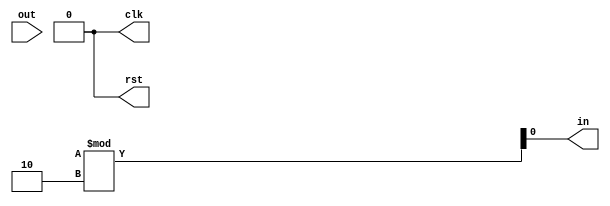
/* 
Group 50
Assignment 1
Behavioral encoding of FSM in Verilog
*/


// testbench
module testBench(clk,rst,in,out);
output reg clk, in, rst;
input out;
reg[15:0] sequence;
integer i;
fsm f(clk,rst,in,out);
initial
begin

clk = 0;
rst = 1;
sequence = 16'b0101_0111_0111_0010;
#5 rst = 0;

for( i = 0; i <= 15; i = i + 1)
begin
in = sequence[i];
#2 clk = 1;
#2 clk = 0;
$display("State = ", f.state, " Input = ", in, ", Output = ", out);

end
test2;
end

task test2;
for( i = 0; i <= 15; i = i + 1)
begin
in = $random % 2;
#2 clk = 1;
#2 clk = 0;
$display("State = ", f.state, " Input = ", in, ", Output = ", out);

end
endtask

endmodule





// finite state machine
module fsm(clk,rst,in,out);
input clk,rst,in;
output out;

reg [1:0] state;
reg out;

always @(posedge clk, posedge rst) begin
if(rst) begin
state <= 2'b00;
out <= 0;
end
else begin
case( state )
2'b00 : begin
if(in) begin
state <= 2'b10;
out <= 0;
end
else begin
state <= 2'b01;
out <= 0;
end
end

2'b01 : begin
if(in) begin
state <= 2'b10;
out <= 1;
end
else begin
state <= 2'b00;
out <= 0;
end
end

2'b10 : begin
if(in) begin
state <= 2'b11;
out <= 0;
end
else begin
state <= 2'b01;
out <= 0;
end
end

2'b11 : begin
if(in) begin
state <= 2'b10;
out <= 0;
end
else begin
state <= 2'b01;
out <= 1;
end
end

default: begin
state <= 2'b00;
out <= 0;
end
endcase
end
end

endmodule